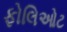
ફોલિઓટ